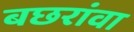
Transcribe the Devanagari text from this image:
बछरांवा